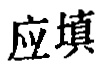
应填